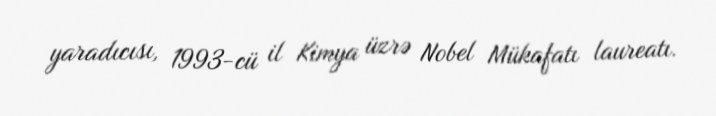
yaradıcısı, 1993-cü il Kimya üzrə Nobel Mükafatı laureatı.